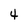
Character: 4